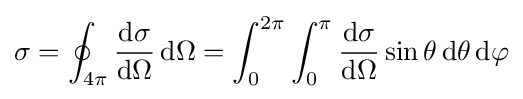
\sigma =\oint _{4\pi }{\frac {\mathrm {d} \sigma }{\mathrm {d} \Omega }}\,\mathrm {d} \Omega =\int _{0}^{2\pi }\int _{0}^{\pi }{\frac {\mathrm {d} \sigma }{\mathrm {d} \Omega }}\sin \theta \,\mathrm {d} \theta \,\mathrm {d} \varphi